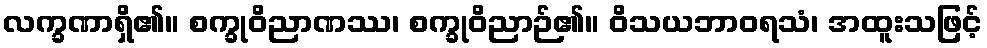
လက္ခဏာရှိ၏။ စက္ခုဝိညာဏဿ၊ စက္ခုဝိညာဉ်၏။ ဝိသယဘာဝရသံ၊ အထူးသဖြင့်